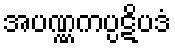
အပဏ္ဏကပ္ပဋိပဒံ